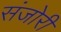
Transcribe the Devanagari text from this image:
संजोरी